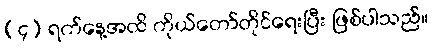
(၄) ရက်နေ့အထိ ကိုယ်တော်တိုင်ရေးပြီး ဖြစ်ပါသည်။